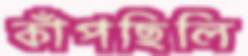
কাঁপছিলি